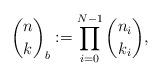
LaTeX: \begin{align*}\binom{n}{k}_b := \prod_{i=0}^{N-1}\binom{n_i}{k_i},\end{align*}